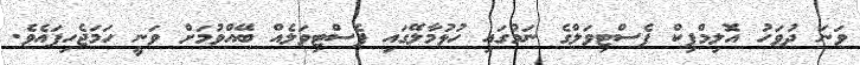
ވަނަ ދުވަހު އޮލިމްޕިކް ފެސްޓިވަލްގެ ނަމުގައި ހުޅުމާލޭގައި ފެސްޓިވަލެއް ބޭއްވުމަށް ވަނީ ހަމަޖެހިފައެވެ.